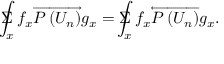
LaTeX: \Sigma \! \! \! \! \! \! \int _ { x } f _ { x } \overrightarrow { P \left( U _ { n } \right) } g _ { x } = \Sigma \! \! \! \! \! \! \int _ { x } f _ { x } \overleftarrow { P \left( U _ { n } ^ { } \right) } g _ { x } .